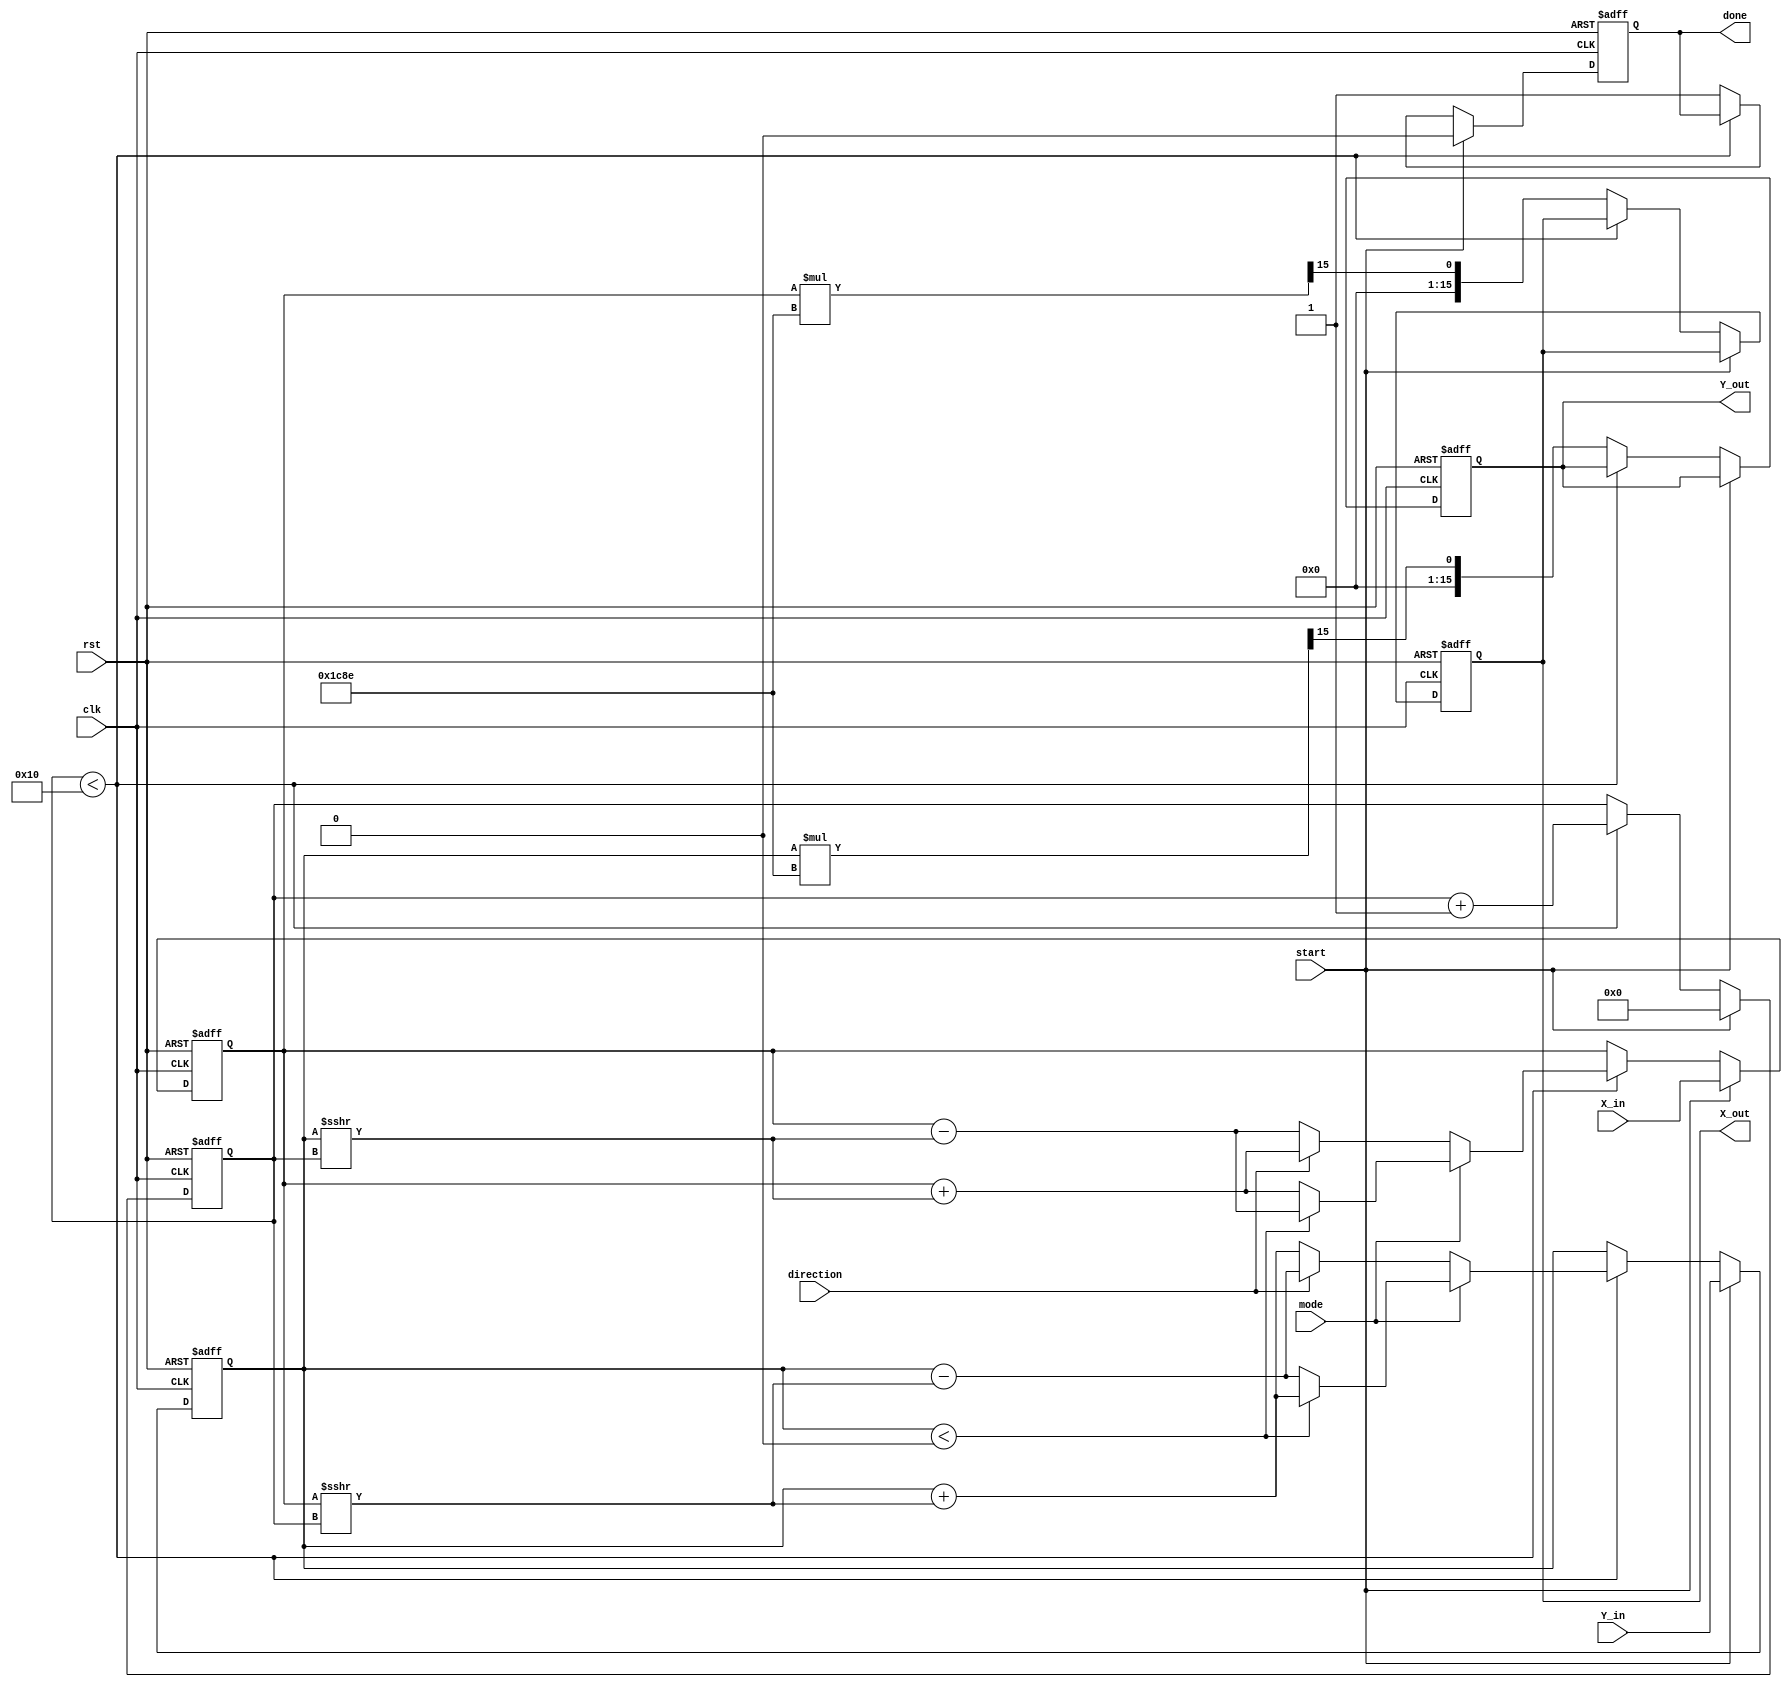
module cordic #(
    parameter DATA_WIDTH = 16,     // Width of input/output data
    parameter ITERATIONS = 16       // Number of iterations for CORDIC
) (
    input wire clk,                 // Clock signal
    input wire rst,                 // Reset signal
    input wire start,               // Start signal for computation
    input wire [DATA_WIDTH-1:0] X_in, // Input X coordinate
    input wire [DATA_WIDTH-1:0] Y_in, // Input Y coordinate
    input wire mode,                // Operation mode (0: rotation, 1: vectoring)
    input wire direction,           // Direction of rotation (0: clockwise, 1: counter-clockwise)
    output reg [DATA_WIDTH-1:0] X_out, // Output X coordinate
    output reg [DATA_WIDTH-1:0] Y_out, // Output Y coordinate
    output reg done                 // Completion signal
);

    // Pre-computed angle lookup table (in fixed-point representation)
    reg [DATA_WIDTH-1:0] atan_table [0:ITERATIONS-1];
    initial begin
        // Populate the atan_table with pre-computed arctangent values
        // These values should be scaled according to the fixed-point representation
        atan_table[0] = 16'h2000; // atan(2^-0) in fixed-point
        atan_table[1] = 16'h1000; // atan(2^-1)
        atan_table[2] = 16'h0800; // atan(2^-2)
        atan_table[3] = 16'h0400; // atan(2^-3)
        atan_table[4] = 16'h0200; // atan(2^-4)
        atan_table[5] = 16'h0100; // atan(2^-5)
        atan_table[6] = 16'h0080; // atan(2^-6)
        atan_table[7] = 16'h0040; // atan(2^-7)
        atan_table[8] = 16'h0020; // atan(2^-8)
        atan_table[9] = 16'h0010; // atan(2^-9)
        atan_table[10] = 16'h0008; // atan(2^-10)
        atan_table[11] = 16'h0004; // atan(2^-11)
        atan_table[12] = 16'h0002; // atan(2^-12)
        atan_table[13] = 16'h0001; // atan(2^-13)
        atan_table[14] = 16'h0000; // atan(2^-14)
        atan_table[15] = 16'hFFFF; // atan(2^-15)
    end

    // Internal registers
    reg [DATA_WIDTH-1:0] X, Y;
    reg [4:0] iteration; // 5 bits to hold iteration count
    reg [DATA_WIDTH-1:0] angle;

    // Scaling factor for CORDIC
    localparam SCALING_FACTOR = 16'h1C8E; // 1/sqrt(1 + 2^-k) for k=0 to 15

    // State machine for CORDIC operation
    always @(posedge clk or posedge rst) begin
        if (rst) begin
            X <= 0;
            Y <= 0;
            iteration <= 0;
            done <= 0;
            X_out <= 0;
            Y_out <= 0;
        end else if (start) begin
            // Initialize inputs
            X <= X_in;
            Y <= Y_in;
            iteration <= 0;
            done <= 0;
        end else if (iteration < ITERATIONS) begin
            // CORDIC rotation logic
            if (mode == 0) begin // Rotation mode
                if (direction == 0) begin // Clockwise
                    Y <= Y + (X >>> iteration);
                    X <= X - (Y >>> iteration);
                end else begin // Counter-clockwise
                    Y <= Y - (X >>> iteration);
                    X <= X + (Y >>> iteration);
                end
            end else begin // Vectoring mode
                if (Y < 0) begin
                    Y <= Y + (X >>> iteration);
                    X <= X - (Y >>> iteration);
                end else begin
                    Y <= Y - (X >>> iteration);
                    X <= X + (Y >>> iteration);
                end
            end
            iteration <= iteration + 1;
        end else begin
            // Scaling output
            X_out <= X * SCALING_FACTOR >>> 15; // Adjust for scaling
            Y_out <= Y * SCALING_FACTOR >>> 15; // Adjust for scaling
            done <= 1; // Indicate completion
        end
    end
endmodule